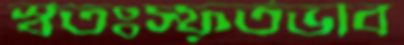
স্বতঃস্ফূর্তভাব